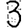
Digit: 3